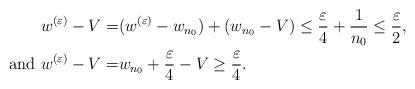
LaTeX: \begin{align*} w^{(\varepsilon)}-V =& (w^{(\varepsilon)}-w_{n_0})+(w_{n_0} - V)\leq \frac{\varepsilon}{4} + \frac{1}{n_0} \leq \frac{\varepsilon}{2},\\\mbox{and }w^{(\varepsilon)}-V=& w_{n_0}+ \frac{\varepsilon}{4}-V \geq \frac{\varepsilon}{4}.\end{align*}